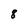
Character: 8